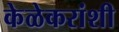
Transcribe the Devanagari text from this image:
केळेकरांशी